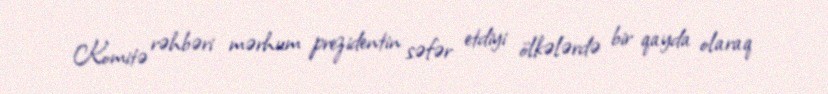
Komitə rəhbəri mərhum prezidentin səfər etdiyi ölkələrdə bir qayda olaraq